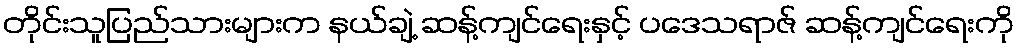
တိုင်းသူပြည်သားများက နယ်ချဲ့ ဆန့်ကျင်ရေးနှင့် ပဒေသရာဇ် ဆန့်ကျင်ရေးကို